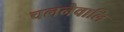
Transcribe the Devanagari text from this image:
चलनेवालि